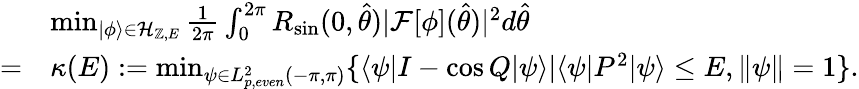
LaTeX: \begin{array}{rl}&{\operatorname*{min}_{|\phi\rangle\in\mathcal{H}_{\mathbb{Z},E}}\frac{1}{2\pi}\int_{0}^{2\pi}R_{\sin}(0,\hat{\theta})|{\cal F}[\phi](\hat{\theta})|^{2}d\hat{\theta}}\\ {=}&{\kappa(E):=\operatorname*{min}_{\psi\in L_{p,even}^{2}(-\pi,\pi)}\{ \langle\psi|I-\cos Q|\psi\rangle|\langle\psi|P^{2}|\psi\rangle\le E,\| \psi\| =1\} .}\end{array}